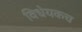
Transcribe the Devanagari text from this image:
विधेयकच